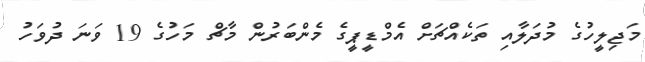
މަޖިލީހުގެ މުދަލާއި ތަކެއްޗަށް އެމްޑީޕީގެ މެންބަރުން މާޗް މަހުގެ 19 ވަނަ ދުވަހު